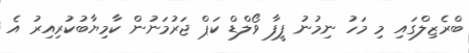
ބްރެޒިލްގައި މި މަހު ނިމުނު ފީފާ ވޯލްޑް ކަޕް ޖަރުމަނުން ކާމިޔާބުކުރިއިރު އެ